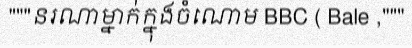
"""នរណាម្នាក់ក្នុងចំណោម BBC ( Bale ,"""